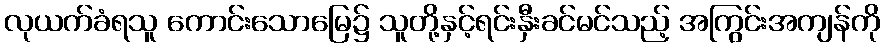
လုယက်ခံရသူ ကောင်းသောမြေ၌ သူတို့နှင့်ရင်းနှီးခင်မင်သည့် အကြွင်းအကျန်ကို